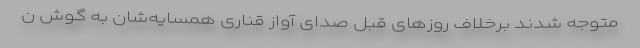
متوجه شدند برخلاف روز‌های قبل صدای آواز قناری همسایه‌شان به گوش ن